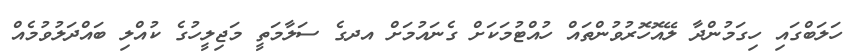
ހަލަބްގައި ހިގަމުންދާ ލޭއޮހޮރުވުންތައް ހުއްޓުމަކަށް ގެނައުމަށް އދގެ ސަލާމަތީ މަޖިލީހުގެ ކުއްލި ބައްދަލުވުމެއް